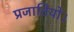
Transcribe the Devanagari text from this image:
प्रजातियों।